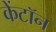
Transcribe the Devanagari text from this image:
केंटॉन